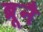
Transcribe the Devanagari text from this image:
ब्रूनै